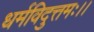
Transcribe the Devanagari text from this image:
धर्मविदुत्तमः।।